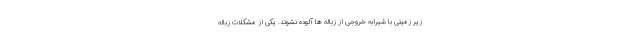
زیر زمینی با شیرابه خروجی از زباله ها آلوده نشوند. یکی از مشکلات زباله